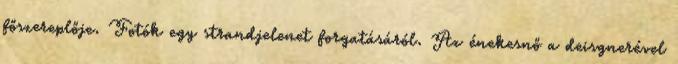
főszereplője. Fotók egy strandjelenet forgatásáról. Az énekesnő a deisgnerével